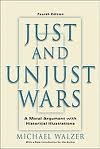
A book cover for Just And Unjust Wars 4th (forth) edition; Michael Walzer; Engineering & Transportation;